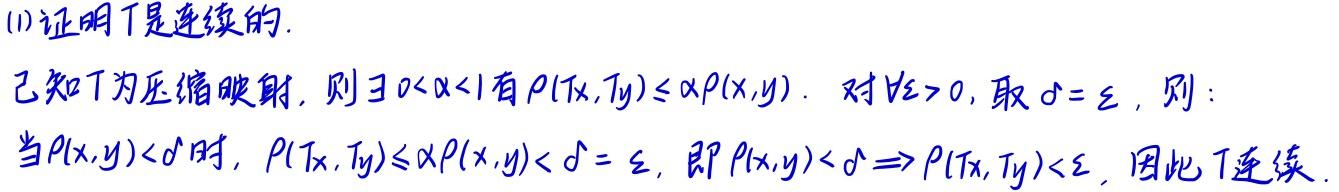
(1)证明$T$是连续的.

已知$T$为压缩映射，则$\exists 0<\alpha<1$有$\rho(Tx,Ty)\leq\alpha\rho(x,y)$. 对$\forall\varepsilon > 0$，取$\delta=\varepsilon$，则：

当$\rho(x,y)<\delta$时，$\rho(Tx,Ty)\leq\alpha\rho(x,y)<\delta = \varepsilon$，即$\rho(x,y)<\delta\Rightarrow\rho(Tx,Ty)<\varepsilon$. 因此$T$连续.